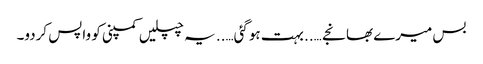
بس میرے بھانجے ….. بہت ہوگئی….. یہ چپلیں کمپنی کو واپس کردو۔